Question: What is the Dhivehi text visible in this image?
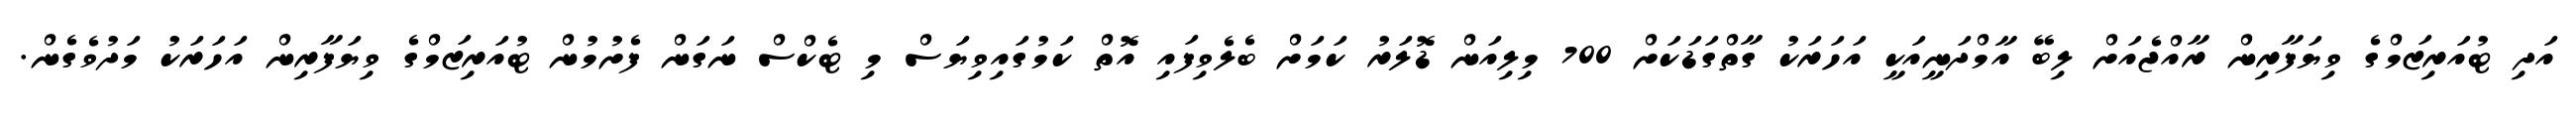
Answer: އަދި ޓުއަރިޒަމްގެ ވިޔަފާރިން ރާއްޖެއަށް ލިބޭ އާމްދަނީއަކީ އަހަރަކު ގާތްގަޑަކަށް 700 މިލިއަން ޑޮލަރު ކަމަށް ބެލެވިފައި އޮތް ކަމުގައިވިޔަސް މި ޓެކްސް ނަގަން ފެށުމުން ޓުއަރިޒަމްގެ ވިޔަފާރިން އަހަރަކު މަދުވެގެން.